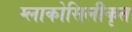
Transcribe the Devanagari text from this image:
ग्लाकोसिलीकृत